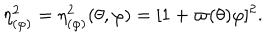
LaTeX: \eta _ { ( \varphi ) } ^ { 2 } = \eta _ { ( \varphi ) } ^ { 2 } ( \theta , \varphi ) = [ 1 + \varpi ( \theta ) \varphi ] ^ { 2 } .